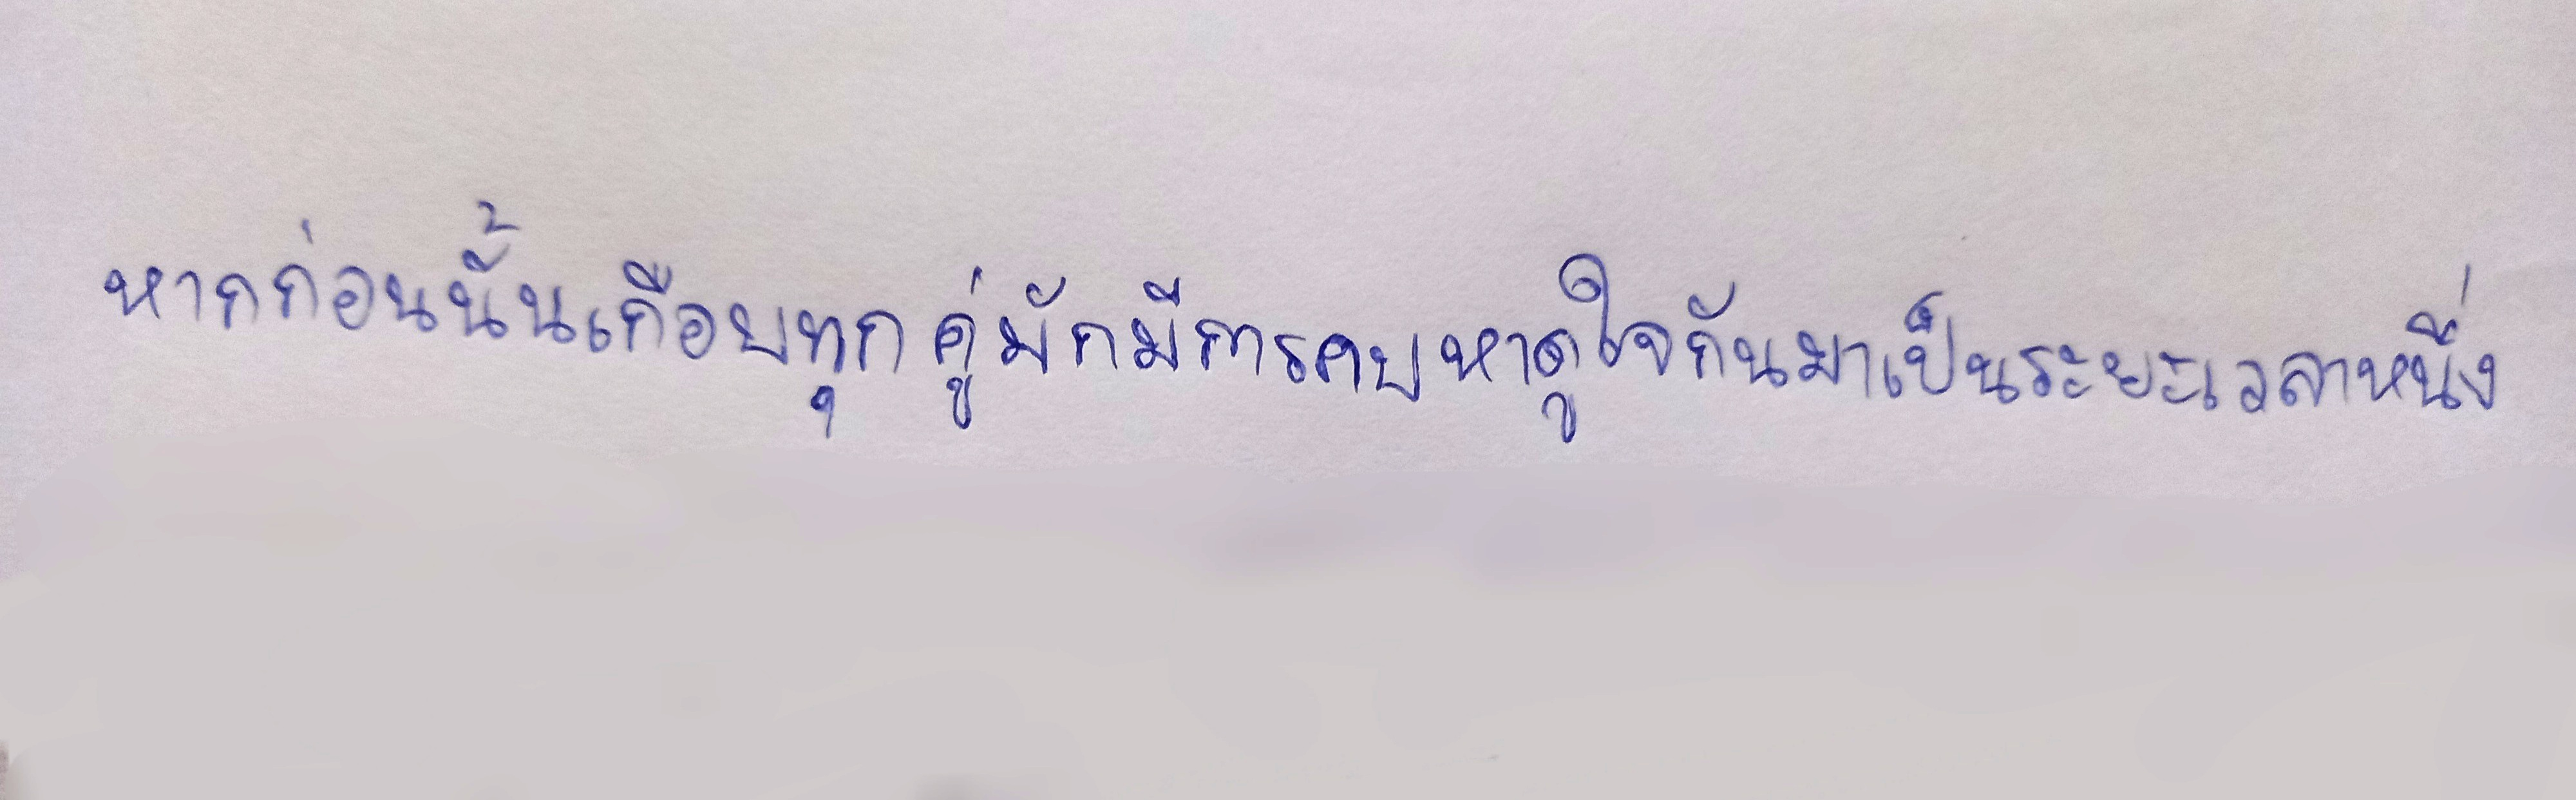
หากก่อนนั้นเกือบทุกคู่มักมีการคบหาดูใจกันมาเป็นระยะเวลาหนึ่ง